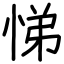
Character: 悌